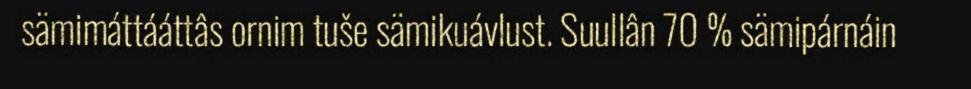
sämimáttááttâs ornim tuše sämikuávlust. Suullân 70 % sämipárnáin